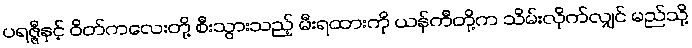
ပရဇ္ဇီနှင့် ဝိတ်ကလေးတို့ စီးသွားသည့် မီးရထားကို ယန်ကီတို့က သိမ်းလိုက်လျှင် မည်သို့